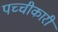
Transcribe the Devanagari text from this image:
पच्‍चीकारी